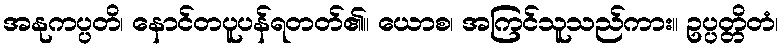
အနုကပ္ပတိ၊ နောင်တပူပန်ရတတ်၏။ ယောစ၊ အကြင်သူသည်ကား။ ဥပ္ပတ္တိတံ၊